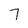
Character: 7